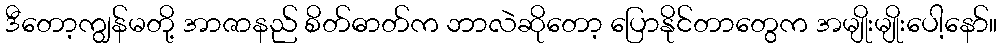
ဒီတော့ကျွန်မတို့ အာဇာနည် စိတ်ဓာတ်က ဘာလဲဆိုတော့ ပြောနိုင်တာတွေက အမျိုးမျိုးပေါ့နော်။